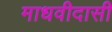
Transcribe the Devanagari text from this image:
माधवीदासी